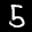
Label: 5